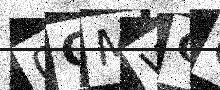
Text: 0QMWGO